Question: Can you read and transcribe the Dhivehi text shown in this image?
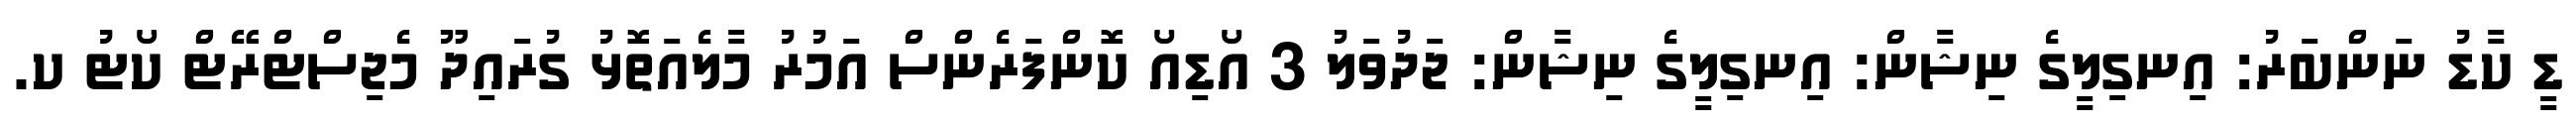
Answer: ޑީ ކާޑު ނަންބަރު: އިނގިލީގެ ނިޝާން: އިނގިލީގެ ނިޝާން: ޖަދުވަލު 3 އޯޑިއޯ ކޮންފަރެންސް އަމުރު މާލެއަތޮޅު ގުރައިދޫ މެޖިސްޓްރޭޓް ކޯޓު ކ.